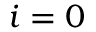
i = 0